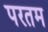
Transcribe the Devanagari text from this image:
परतम